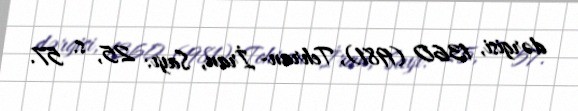
dərgisi, 1360 (1981), Tehran- İran, Sayı: 25, s. 57.